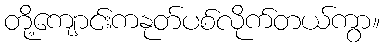
တို့ကျောင်းကနုတ်ပစ်လိုက်တယ်ကွာ။